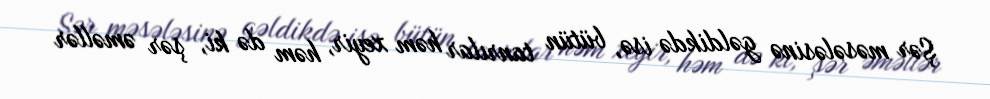
Şər məsələsinə gəldikdə isə, bütün tanrılar həm xeyir, həm də ki, şər əməllər